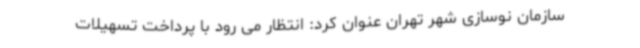
سازمان نوسازی شهر تهران عنوان کرد: انتظار می رود با پرداخت تسهیلات